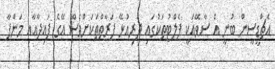
އެޗްޑީސީން ބުނީ އެ ސާވޭއަކީ ފެލްޓުތަކުގައި ދިރިއުޅޭ ފަރާތްތަކަށްވެސް އޭގެ ފައިދާއާއި މަންފާ